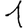
Digit: 1